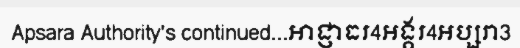
Apsara Authority's continued...អាជ្ញាធរ4អង្គរ4អប្សរា3